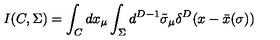
I ( C , \Sigma ) = \int _ { C } d x _ { \mu } \int _ { \Sigma } d ^ { D - 1 } \tilde { \sigma } _ { \mu } \delta ^ { D } ( x - \bar { x } ( \sigma ) )